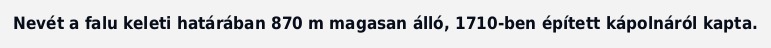
Nevét a falu keleti határában 870 m magasan álló, 1710-ben épített kápolnáról kapta.